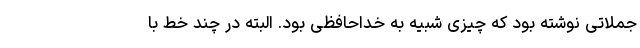
جملاتی نوشته بود که چیزی شبیه به خداحافظی بود. البته در چند خط با